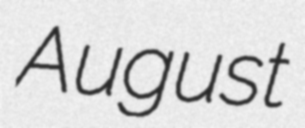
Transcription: August